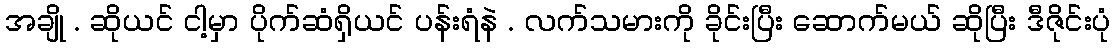
အချို . ဆိုယင် ငါ့မှာ ပိုက်ဆံရှိယင် ပန်းရံနဲ . လက်သမားကို ခိုင်းပြီး ဆောက်မယ် ဆိုပြီး ဒီဇိုင်းပုံ